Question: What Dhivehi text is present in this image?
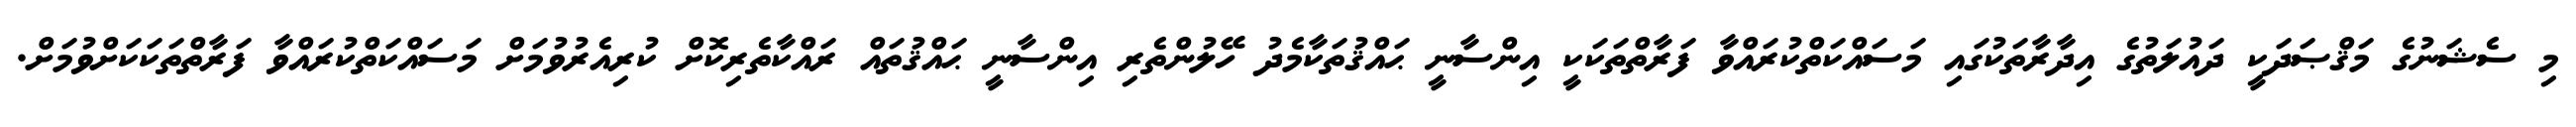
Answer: މި ސެޝަނުގެ މަޤްޞަދަކީ ދައުލަތުގެ އިދާރާތަކުގައި މަސައްކަތްކުރައްވާ ފަރާތްތަކަކީ އިންސާނީ ޙައްޤުތަކާމެދު ހޭލުންތެރި އިންސާނީ ޙައްޤުތައް ރައްކާތެރިކޮށް ކުރިއެރުވުމަށް މަސައްކަތްކުރައްވާ ފަރާތްތަކަކަށްވުމަށް.